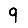
Digit: 9